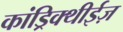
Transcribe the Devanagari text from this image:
कांड्रिक्थीईज़